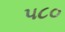
૫૮૦